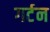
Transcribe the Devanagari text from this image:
गर्टन